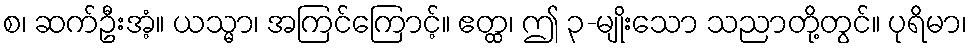
စ၊ ဆက်ဦးအံ့။ ယသ္မာ၊ အကြင်ကြောင့်။ ဧတ္ထ၊ ဤ ၃-မျိုးသော သညာတို့တွင်။ ပုရိမာ၊